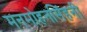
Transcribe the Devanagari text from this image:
मनमोहनसिंहनी